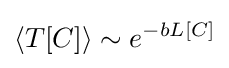
\langle T[C]\rangle \sim e^{-bL[C]}